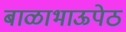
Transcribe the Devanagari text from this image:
बाळाभाऊपेठ